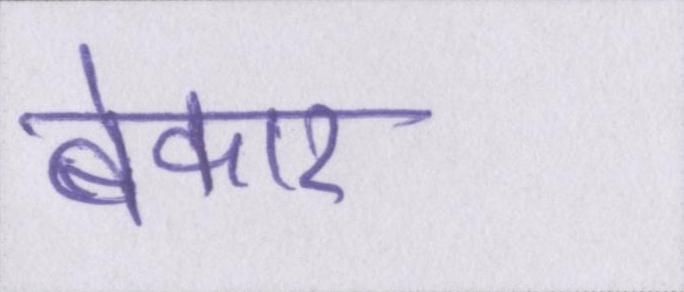
बेकार